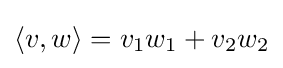
\langle v,w\rangle =v_{1}w_{1}+v_{2}w_{2}